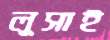
লুসাই